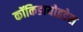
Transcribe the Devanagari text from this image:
कॉकिडायोइडेस